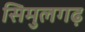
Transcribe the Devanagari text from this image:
सिमुलगढ़